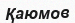
Қаюмов